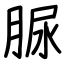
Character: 脲